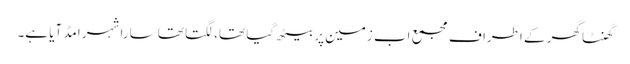
گھنٹا گھر کے اطراف مجمع اب زمین پر بیٹھ گیا تھا، لگتا تھا سارا شہر امڈ آیا ہے۔